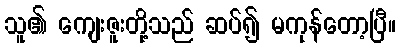
သူ၏ ကျေးဇူးတို့သည် ဆပ်၍ မကုန်တော့ပြီ။